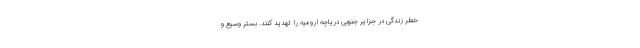
خطر زندگی در جزایر جنوبی دریاچه ارومیه را تهدید کنند. بستر وسیع و